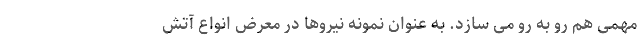
مهمی هم رو به رو می سازد. به عنوان نمونه نیروها در معرض انواع آتش